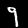
Label: 9